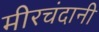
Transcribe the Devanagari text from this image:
मीरचंदानी